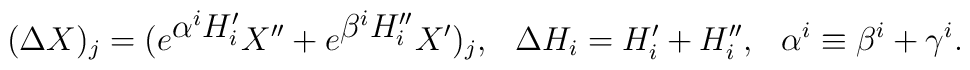
(\Delta X)_j = (e^{\textstyle \alpha^i H_i'} X''+ e^{\textstyle \beta^i H_i''} X')_j,\rule{0.3cm}{0cm}\Delta H_i = H_i' + H_i'',\rule{0.3cm}{0cm}\alpha^i \equiv  \beta^i + \gamma^i .